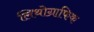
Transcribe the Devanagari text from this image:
लिथोग्राफिक